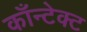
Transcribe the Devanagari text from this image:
काँन्टेक्ट